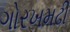
ગોરખમઢી